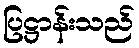
ပြဋ္ဌာန်းသည်